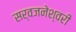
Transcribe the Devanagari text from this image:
सर्वजनेश्वरी